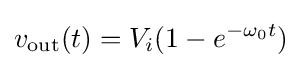
v_{\text{out}}(t)=V_{i}(1-e^{-\omega _{0}t})